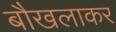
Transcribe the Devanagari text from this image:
बौखलाकर